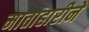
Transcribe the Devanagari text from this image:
माताहारीने